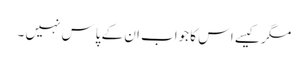
مگر کیسے اس کا جواب ان کے پاس نہیں ۔